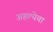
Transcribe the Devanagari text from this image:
अहल्येचा